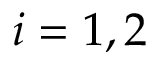
i = 1 , 2